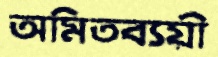
অমিতব্যয়ী